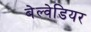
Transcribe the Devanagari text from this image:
बेल्वेडियर